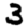
Digit: 3